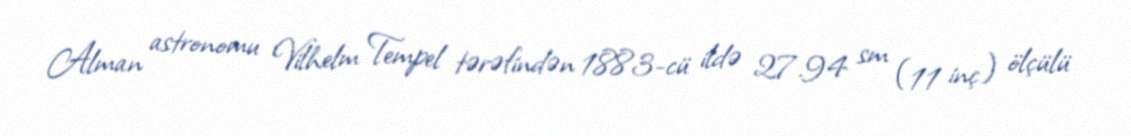
Alman astronomu Vilhelm Tempel tərəfindən 1883-cü ildə 27.94 sm (11 inç) ölçülü